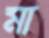
মা